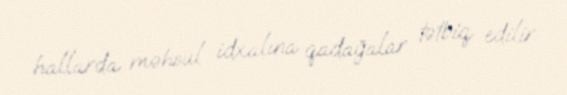
hallarda məhsul idxalına qadağalar tətbiq edilir.